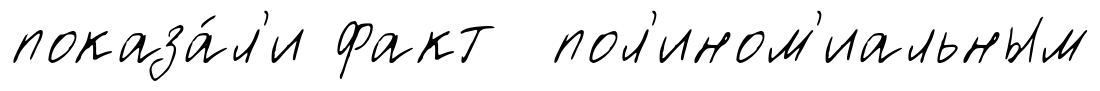
показа́л'и факт пол'ином'иальным